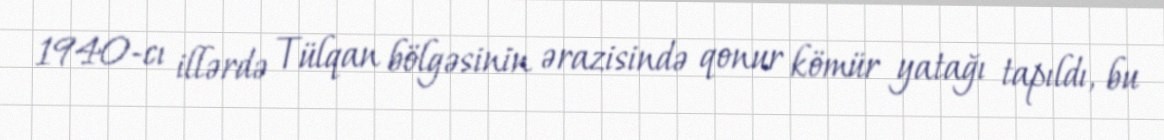
1940-cı illərdə Tülqan bölgəsinin ərazisində qonur kömür yatağı tapıldı, bu